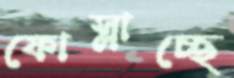
ফোস্‌লাচ্ছে